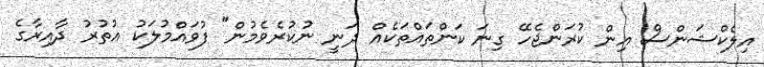
އިލެކްޝަންސް އިން ކުރަންޖެހޭ ގިނަ ކަންތައްތަކެއް ދަނީ ނުކުރެވެމުން" ފުވައްމުލަކު އުތުރު ދާއިރާގެ